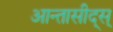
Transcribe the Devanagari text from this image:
आन्तासीद्स्